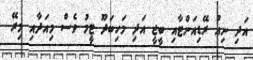
އަދި ނިއު ރޭޑިއަންޓާއި ބީޖީ އަދި މަހިބަދޫ ޓީމު ވެސް މިއަދާއި މިރޭ